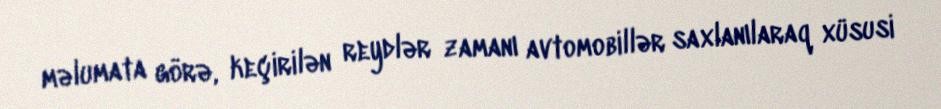
məlumata görə, keçirilən reydlər zamanı avtomobillər saxlanılaraq xüsusi